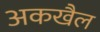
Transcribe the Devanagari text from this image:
अकखैल